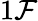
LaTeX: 1\mathcal{F}